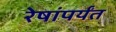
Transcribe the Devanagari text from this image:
रेषांपर्यंत